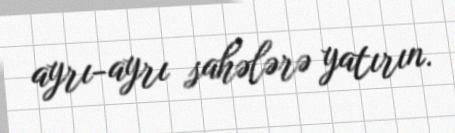
ayrı-ayrı sahələrə yatırın.